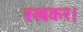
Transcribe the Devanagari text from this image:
रखकर।